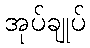
အုပ်ချုပ်